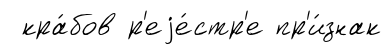
кра́бов р'еjе́стр'е пр'и́знак